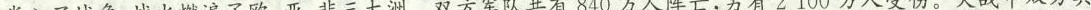
卷入了战争，战火燃遍了欧、亚、非三大洲。双方军队共有840万人阵亡，另有2100万人受伤。大战中双方共